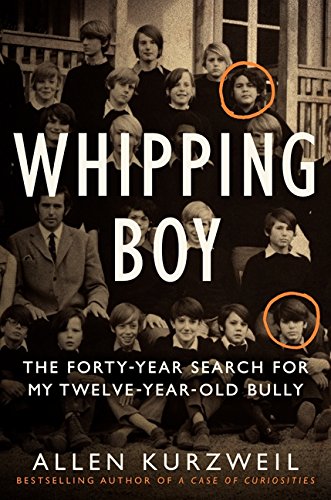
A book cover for Whipping Boy: The Forty-Year Search for My Twelve-Year-Old Bully; Allen Kurzweil; Biographies & Memoirs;